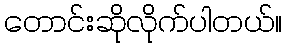
တောင်းဆိုလိုက်ပါတယ်။